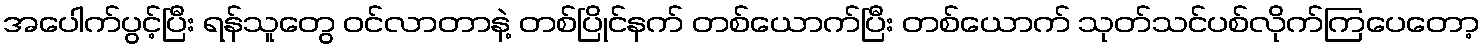
အပေါက်ပွင့်ပြီး ရန်သူတွေ ဝင်လာတာနဲ့ တစ်ပြိုင်နက် တစ်ယောက်ပြီး တစ်ယောက် သုတ်သင်ပစ်လိုက်ကြပေတော့